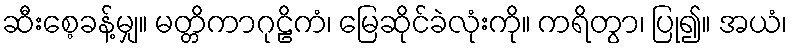
ဆီးစေ့ခန့်မျှ။ မတ္တိကာဂုဠိကံ၊ မြေဆိုင်ခဲလုံးကို။ ကရိတွာ၊ ပြု၍။ အယံ၊